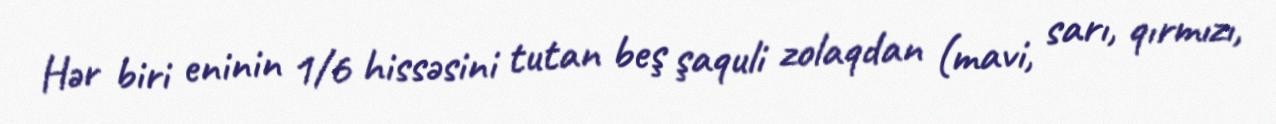
Hər biri eninin 1/6 hissəsini tutan beş şaquli zolaqdan (mavi, sarı, qırmızı,